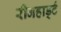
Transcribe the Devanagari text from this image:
रीनहार्ड्ट